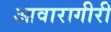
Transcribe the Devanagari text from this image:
आवारागीरी